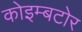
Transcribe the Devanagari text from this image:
कोइम्बटोर